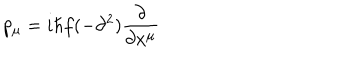
p _ { \mu } = i \hbar f ( - \partial ^ { 2 } ) \frac { \partial } { \partial x ^ { \mu } }